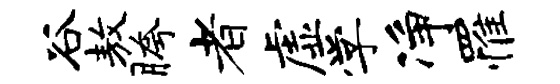
谷敖胯者虚学净罹